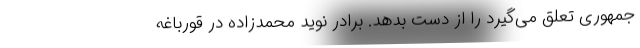
جمهوری تعلق می‌گیرد را از دست بدهد. برادر نوید محمدزاده در قورباغه